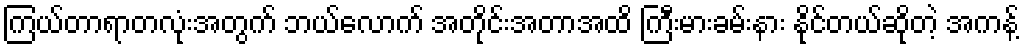
ကြယ်တာရာတလုံးအတွက် ဘယ်လောက် အတိုင်းအတာအထိ ကြီးမားခမ်းနား နိုင်တယ်ဆိုတဲ့ အကန့်